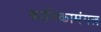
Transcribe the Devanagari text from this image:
कालिकामंगल